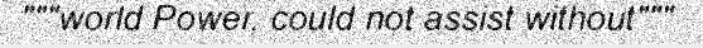
"""world Power, could not assist without"""